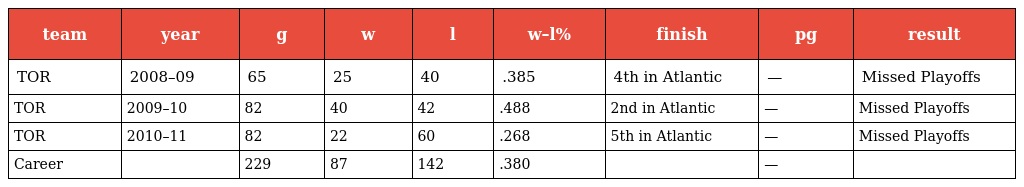
| team | year | g | w | l | w–l% | finish | pg | result |
 | --- | --- | --- | --- | --- | --- | --- | --- | --- |
 | TOR | 2008–09 | 65 | 25 | 40 | .385 | 4th in Atlantic | — | Missed Playoffs |
 | TOR | 2009–10 | 82 | 40 | 42 | .488 | 2nd in Atlantic | — | Missed Playoffs |
 | TOR | 2010–11 | 82 | 22 | 60 | .268 | 5th in Atlantic | — | Missed Playoffs |
 | Career |  | 229 | 87 | 142 | .380 |  | — |  |